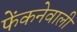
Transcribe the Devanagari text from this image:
फेंकनेवाली